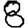
Digit: 8